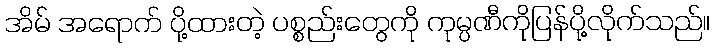
အိမ် အရောက် ပို့ထားတဲ့ ပစ္စည်းတွေကို ကုမ္ပဏီကိုပြန်ပို့လိုက်သည်။